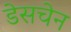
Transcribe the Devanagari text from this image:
डेसचेन